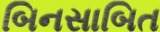
બિનસાબિત